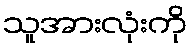
သူအားလုံးကို